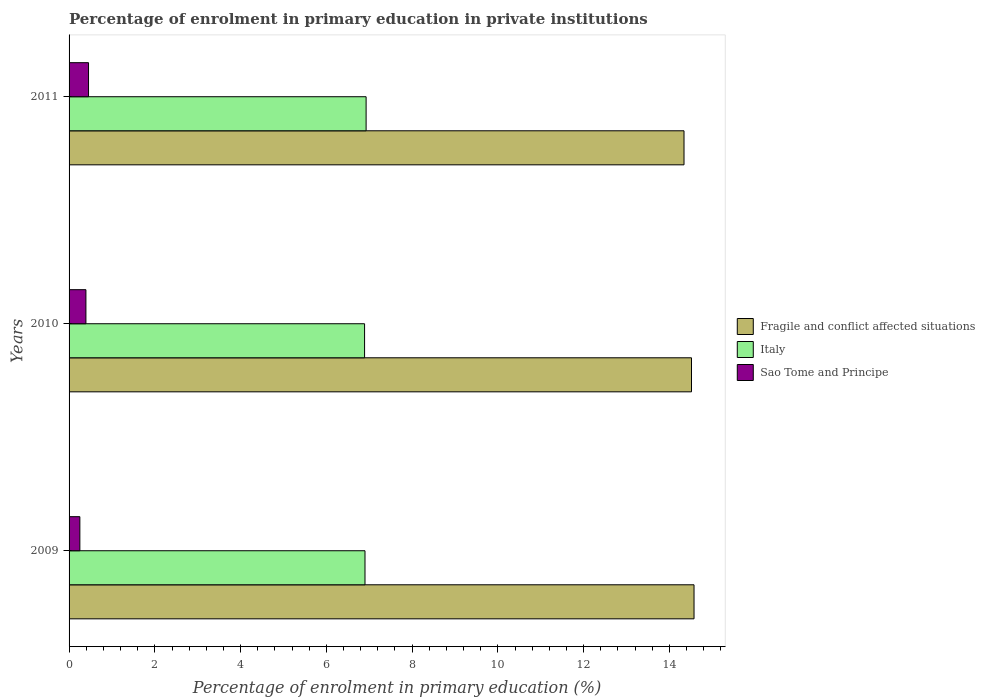
| Years | Fragile and conflict affected situations | Italy | Sao Tome and Principe |
 | --- | --- | --- | --- |
 | 2009 | 14.6 | 6.9 | 0.252 |
 | 2010 | 14.5 | 6.89 | 0.393 |
 | 2011 | 14.3 | 6.93 | 0.454 |